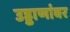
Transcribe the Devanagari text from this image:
उड्डाणांवर